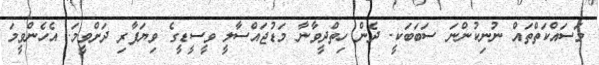
މަސައްކަތްތައް ނުނިކުންނަ ސަބަބަކީ. ދެން ހިތްދީވާނާ މަޑުޖައްސާލީ ވީސީޑީގެ ވިޔަފާރި ދަށްވީމަ. އެހެންވީމަ